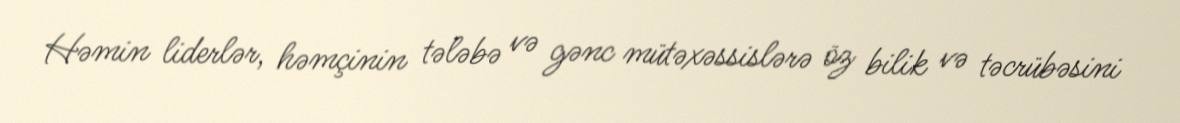
Həmin liderlər, həmçinin tələbə və gənc mütəxəssislərə öz bilik və təcrübəsini